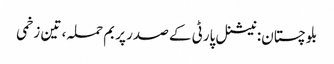
بلوچستان: نیشنل پارٹی کے صدر پر بم حملہ، تین زخمی